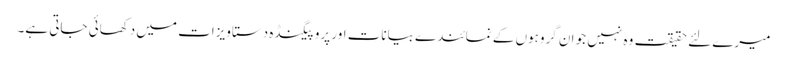
میرے لئے حقیقت وہ نہیں جو ا ن گروہوں کے نمائندے بیانات اور پروپیگنڈہ دستاویزات میں دکھائی جاتی ہے۔